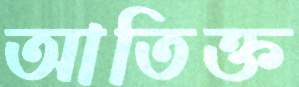
আতিক্ত